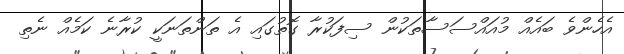
އެހެންވެ ބައެއް މުއައްސަސާތަކުން ސިފަކުރާ ގޮތުގައި އެ ތަންތަނަކީ ކުރާނެ ކަމެއް ނެތި